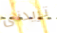
تريدنى